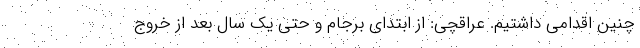
چنین اقدامی داشتیم. عراقچی: از ابتدای برجام و حتی یک سال بعد از خروج